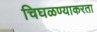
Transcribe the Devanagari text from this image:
चिघळण्याकरता